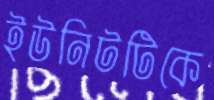
ইউনিটটিকে